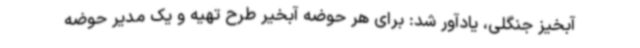
آبخیز جنگلی، یادآور شد: برای هر حوضه آبخیر طرح تهیه و یک مدیر حوضه